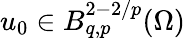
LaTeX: u_{0}\in B_{q,p}^{2-2/p}(\Omega)